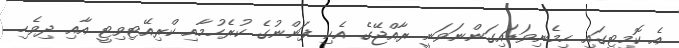
އެ ކޮމިޓީގައި ހިމެނިވަޑައިގަންނަވަނީ ރާއްޖޭގެ އެކި ފަންނުގެ ކުރެހުމާއި ކްރިއޭޓިވިޓީ އާއި ދިވެހި